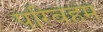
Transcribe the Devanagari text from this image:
परिवहम